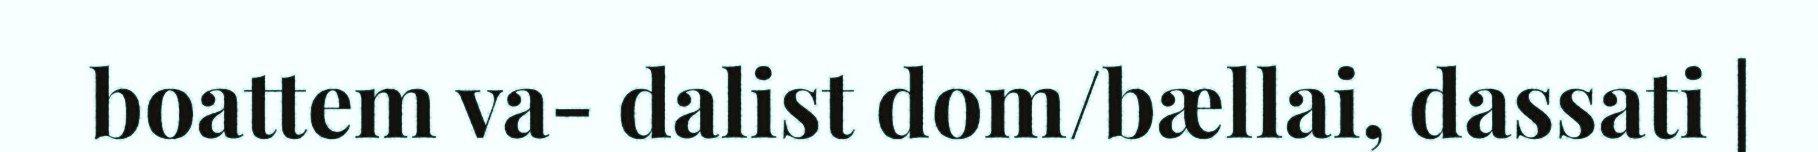
boattem va- dalist dom/bællai, dassati |